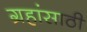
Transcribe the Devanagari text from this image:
ग्रहांसाठी